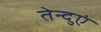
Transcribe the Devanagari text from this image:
तेन्दुएं